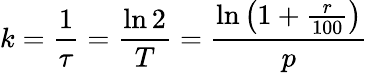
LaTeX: k={\frac{1}{\tau}}={\frac{\ln 2}{T}}={\frac{\ln\left(1+{\frac{r}{100}}\right)}{p}}